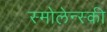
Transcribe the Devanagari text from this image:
स्मोलेन्स्की